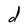
Character: d